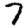
Digit: 7